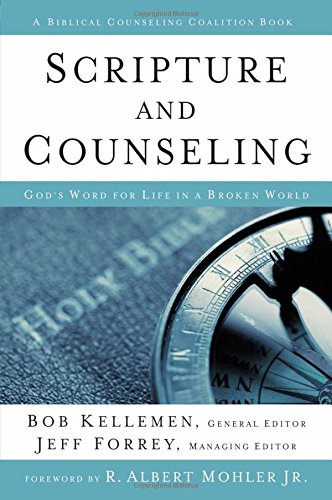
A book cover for Scripture and Counseling: God's Word for Life in a Broken World (Biblical Counseling Coalition Books); Bob Kellemen; Christian Books & Bibles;